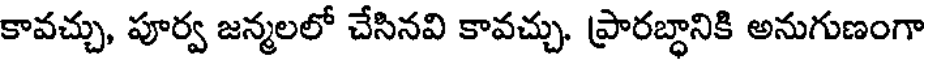
కావచ్చు, పూర్వ జన్మలలో చేసినవి కావచ్చు. ప్రారబ్ధానికి అనుగుణంగా